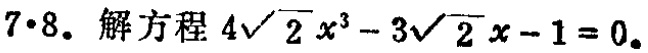
$7\cdot8.$ 解方程 $4\sqrt{2}x^{3}-3\sqrt{2}x - 1 = 0$。